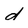
Character: d